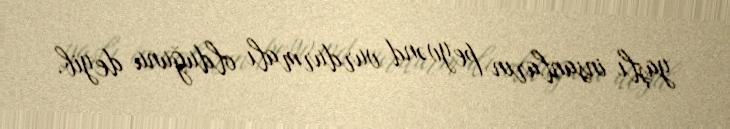
yaşlı insanların peyvənd vurdurmalı olduğunu deyib.